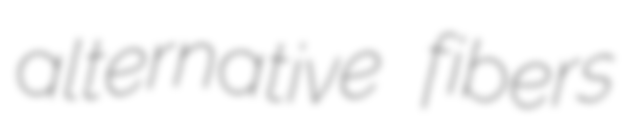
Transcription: alternative fibers